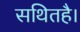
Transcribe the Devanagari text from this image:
सथितहै।